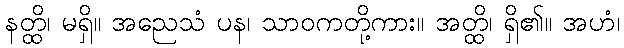
နတ္ထိ၊ မရှိ။ အညေသံ ပန၊ သာဝကတို့ကား။ အတ္ထိ၊ ရှိ၏။ အဟံ၊